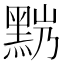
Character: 𪐹